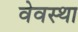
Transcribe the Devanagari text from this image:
वेवस्था